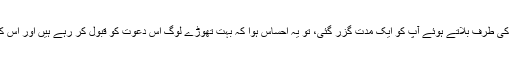
مکے میں جب دعوت و تبلیغ اور اللہ کی طرف بلاتے ہوئے آپؐ کو ایک مدت گزر گئی، تو یہ احساس ہوا کہ بہت تھوڑے لوگ اس دعوت کو قبول کر رہے ہیں اور اس کو بہت کم پذیرائی حاصل ہورہی ہے۔